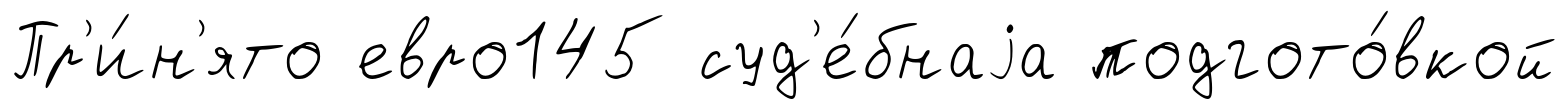
Пр'и́н'ято евро145 суд'е́бнаjа подгото́вкой